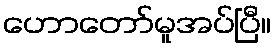
ဟောတော်မူအပ်ပြီ။